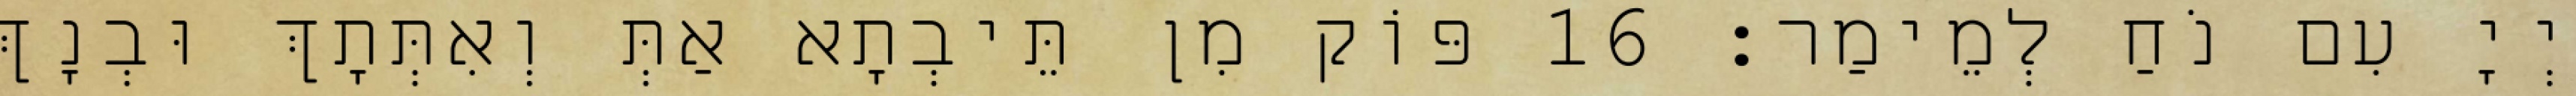
יְיָ עִם נֹחַ לְמֵימַר׃ 16 פּוֹק מִן תֵּיבְתָא אַתְּ וְאִתְּתָךְ וּבְנָךְ